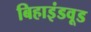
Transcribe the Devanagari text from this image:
बिहाइंडवूड